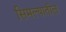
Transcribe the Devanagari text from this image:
सिमल्यातील